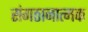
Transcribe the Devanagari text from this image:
संगठानात्मक